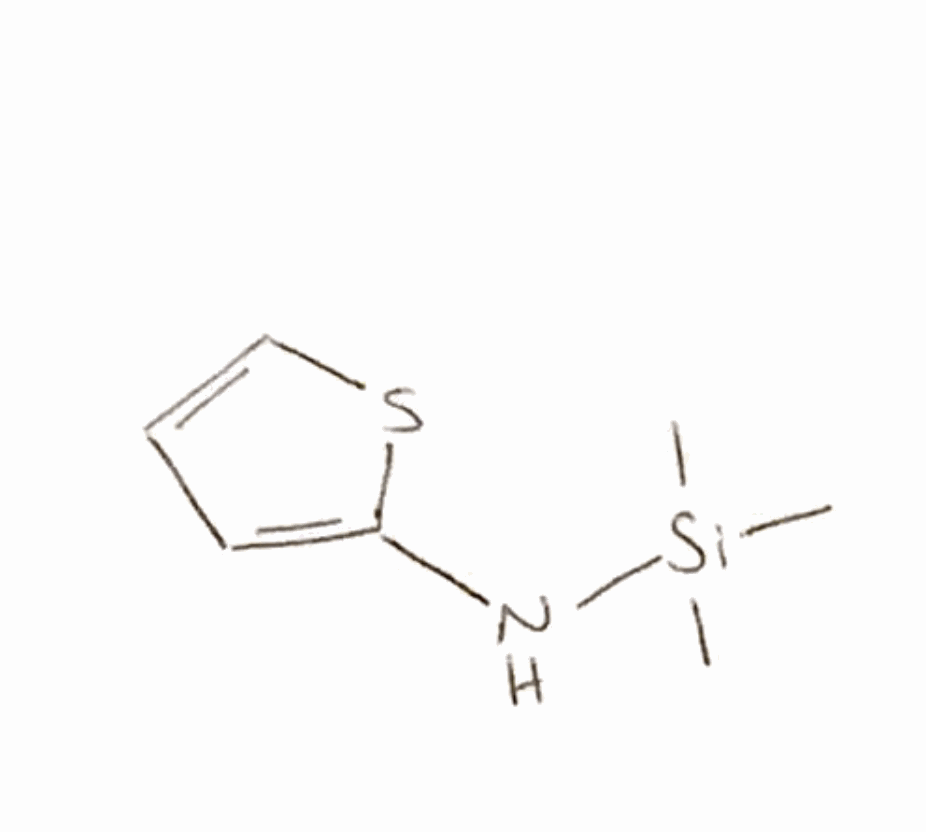
Simplified molecular-input line-entry system (SMILES) notation of the given molecule:
C[Si](C)(C)NC1=CC=CS1